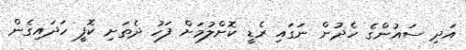
އަދި ސައުންގެ ހެދުން ނަގައި ރެޑީ ކޮށްލުމަށް ފަހު ދެތަށި ކޮފީ ހަދައިގެން